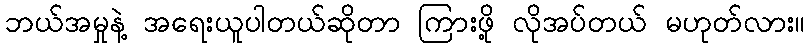
ဘယ်အမှုနဲ့ အရေးယူပါတယ်ဆိုတာ ကြားဖို့ လိုအပ်တယ် မဟုတ်လား။